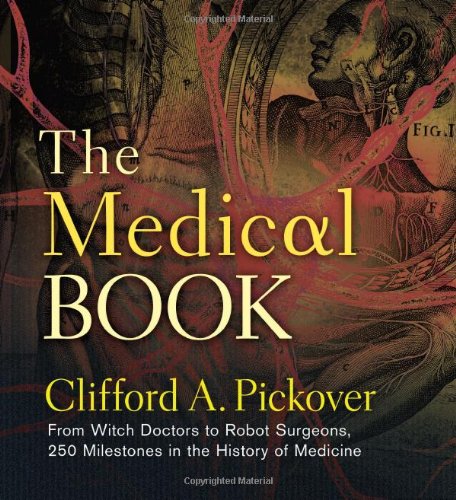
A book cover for The Medical Book: From Witch Doctors to Robot Surgeons, 250 Milestones in the History of Medicine (Sterling Milestones); Clifford A. Pickover; Medical Books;